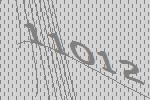
11012